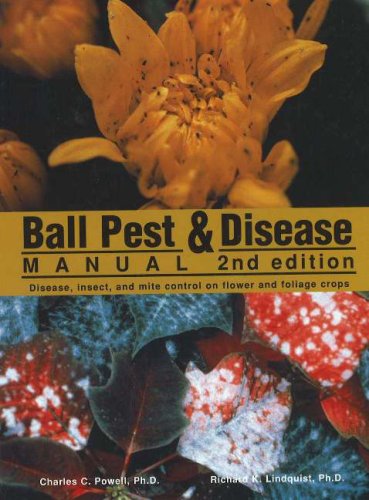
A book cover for Ball Pest & Disease Manual: Disease, Insect, and Mite Control on Flower and Foliage Crops; Charles C. Powell PhD; Crafts, Hobbies & Home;